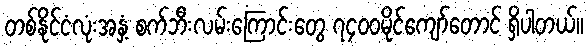
တစ်နိုင်ငံလုံးအနှံ့ စက်ဘီးလမ်းကြောင်းတွေ ၇၄၀၀မိုင်ကျော်တောင် ရှိပါတယ်။